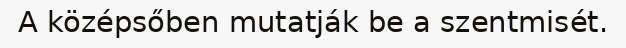
A középsőben mutatják be a szentmisét.